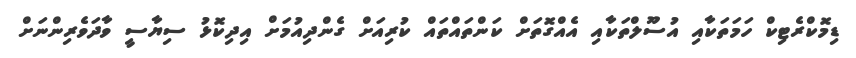
ޑިމޮކްރެޓިކް ހަމަތަކާއި އުސޫލްތަކާއި އެއްގޮތަށް ކަންތައްތައް ކުރިއަށް ގެންދިއުމަށް އިދިކޮޅު ސިޔާސީ ވާދަވެރިންނަށް